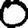
Digit: 0